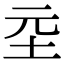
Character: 坖